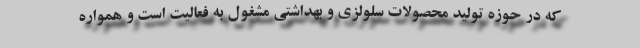
که در حوزه تولید محصولات سلولزی و بهداشتی مشغول به فعالیت است و همواره